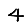
Digit: 4